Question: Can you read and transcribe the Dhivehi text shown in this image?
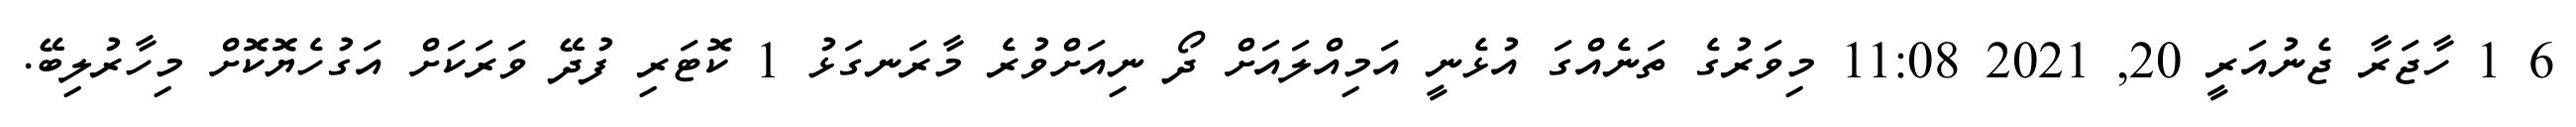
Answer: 6 1 ހާޖަރާ ޖެނުއަރީ 20, 2021 11:08 މިވަރުގެ ތަނެއްގަ އުޅެނީ އަމިއްލައަށް ދޯ ނިއަށްވުރެ މާރަނގަޅު 1 ކޮޓަރި ފުދޭ ވަރަކަށް އަގުހެޔޮކޮށް މިހާރުލިބޭ.